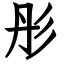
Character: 彤